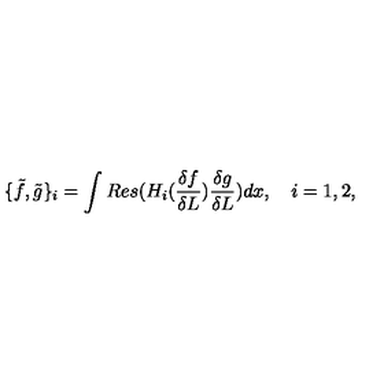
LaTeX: \{ \tilde { f } , \tilde { g } \} _ { i } = \int R e s ( H _ { i } ( \frac { \delta f } { \delta L } ) \frac { \delta g } { \delta L } ) d x , \quad i = 1 , 2 ,